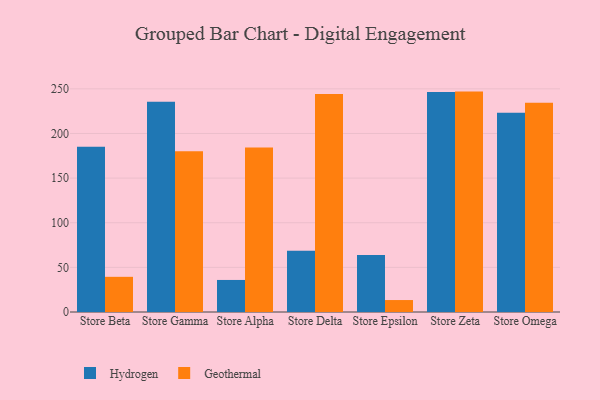
{"axis": {"x": "Store", "y": "Production Output"}, "legend": ["Geothermal", "Hydrogen"], "data": [{"x": "Store Beta", "y": 185.2, "type": "Hydrogen"}, {"x": "Store Beta", "y": 39.4, "type": "Geothermal"}, {"x": "Store Gamma", "y": 235.5, "type": "Hydrogen"}, {"x": "Store Gamma", "y": 180.0, "type": "Geothermal"}, {"x": "Store Alpha", "y": 35.9, "type": "Hydrogen"}, {"x": "Store Alpha", "y": 184.2, "type": "Geothermal"}, {"x": "Store Delta", "y": 68.7, "type": "Hydrogen"}, {"x": "Store Delta", "y": 244.1, "type": "Geothermal"}, {"x": "Store Epsilon", "y": 63.8, "type": "Hydrogen"}, {"x": "Store Epsilon", "y": 13.4, "type": "Geothermal"}, {"x": "Store Zeta", "y": 246.4, "type": "Hydrogen"}, {"x": "Store Zeta", "y": 246.9, "type": "Geothermal"}, {"x": "Store Omega", "y": 223.1, "type": "Hydrogen"}, {"x": "Store Omega", "y": 234.4, "type": "Geothermal"}]}